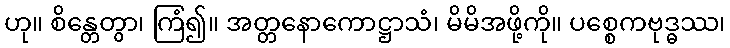
ဟု။ စိန္တေတွာ၊ ကြံ၍။ အတ္တနောကောဋ္ဌာသံ၊ မိမိအဖို့ကို။ ပစ္စေကဗုဒ္ဓဿ၊